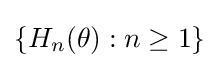
\{H_{n}(\theta ):n\geq 1\}